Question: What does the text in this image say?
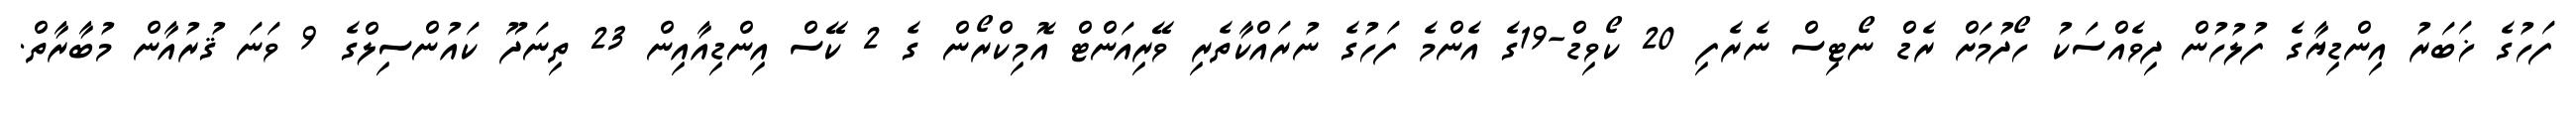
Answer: ފަހުގެ ޚަބަރު އިންޑިޔާގެ ފުލުހުން ދިވެއްސަކު ހޯދުމަށް ރެޑް ނޯޓިސް ނެރެފި 20 ކޯވިޑް-19ގެ އެންމެ ފަހުގެ ނުރައްކާތެރި ވޭރިއަންޓް އޮމިކްރޯން ގެ 2 ކޭސް އިންޑިއާއިން 23 ތިނަދޫ ކައުންސިލްގެ 9 ވަނަ ޤުރުއާން މުބާރާތް.